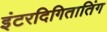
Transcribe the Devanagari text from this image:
इंटरदिगितातिंग